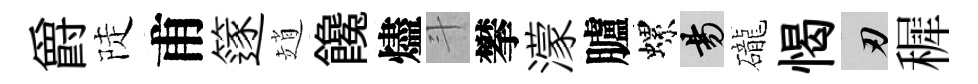
爵陡甫篴趙饞燼斗攀濛臚螺昜礲愒刃穉